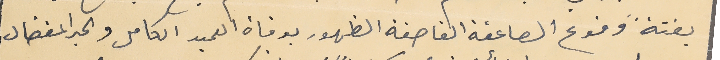
بغتةً وقوع الصاعقة القاصفة الظهور بوفاة العميد الكامل والحبر المفضال